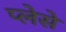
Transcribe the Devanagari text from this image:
प्लेसे